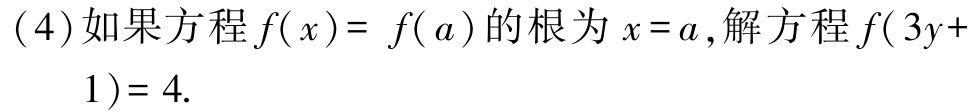
(4)如果方程$f(x)= f(a)$的根为$x = a$,解方程$f(3y + 1)= 4.$